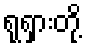
ရုရှားတို့